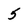
Character: 5